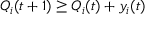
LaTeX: Q _ { i } ( t + 1 ) \geq Q _ { i } ( t ) + y _ { i } ( t )